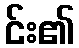
င်း၏